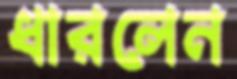
ধারলেন